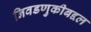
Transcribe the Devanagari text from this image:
निवडणुकीबद्दल